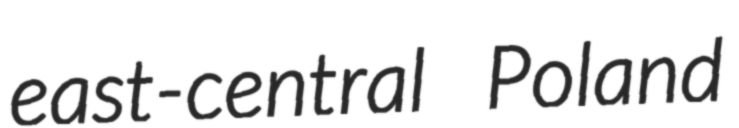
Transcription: east-central Poland